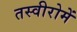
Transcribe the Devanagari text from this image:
तस्वीरोमें